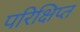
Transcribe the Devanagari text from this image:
परिक्षिप्त